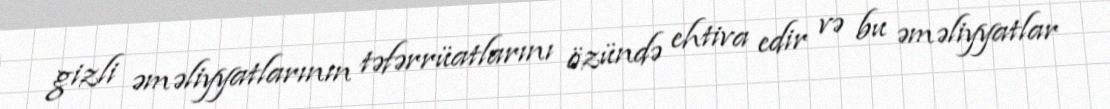
gizli əməliyyatlarının təfərrüatlarını özündə ehtiva edir və bu əməliyyatlar